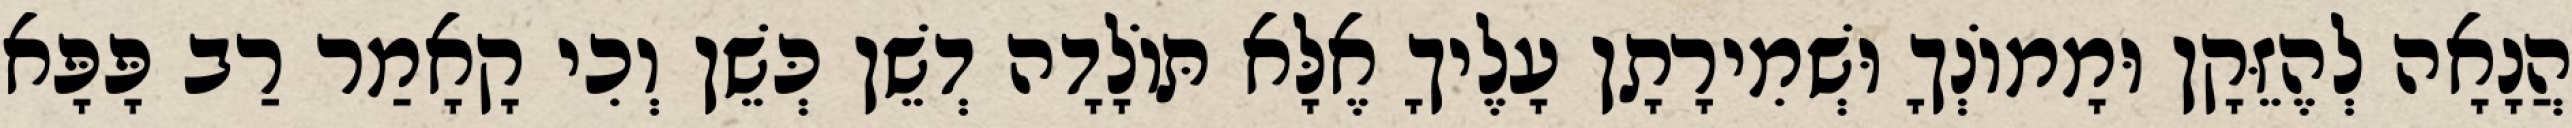
הֲנָאָה לְהֶזֵּקָן וּמָמוֹנְךָ וּשְׁמִירָתָן עָלֶיךָ אֶלָּא תּוֹלָדָה דְשֵׁן כְּשֵׁן וְכִי קָאָמַר רַב פָּפָּא